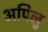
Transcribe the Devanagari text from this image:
अपिलु